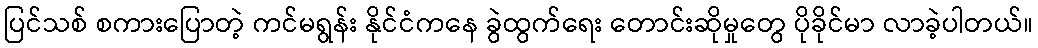
ပြင်သစ် စကားပြောတဲ့ ကင်မရွန်း နိုင်ငံကနေ ခွဲထွက်ရေး တောင်းဆိုမှုတွေ ပိုခိုင်မာ လာခဲ့ပါတယ်။